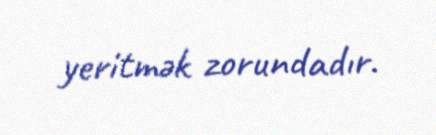
yeritmək zorundadır.